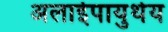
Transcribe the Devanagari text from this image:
अलाईपायुथेय